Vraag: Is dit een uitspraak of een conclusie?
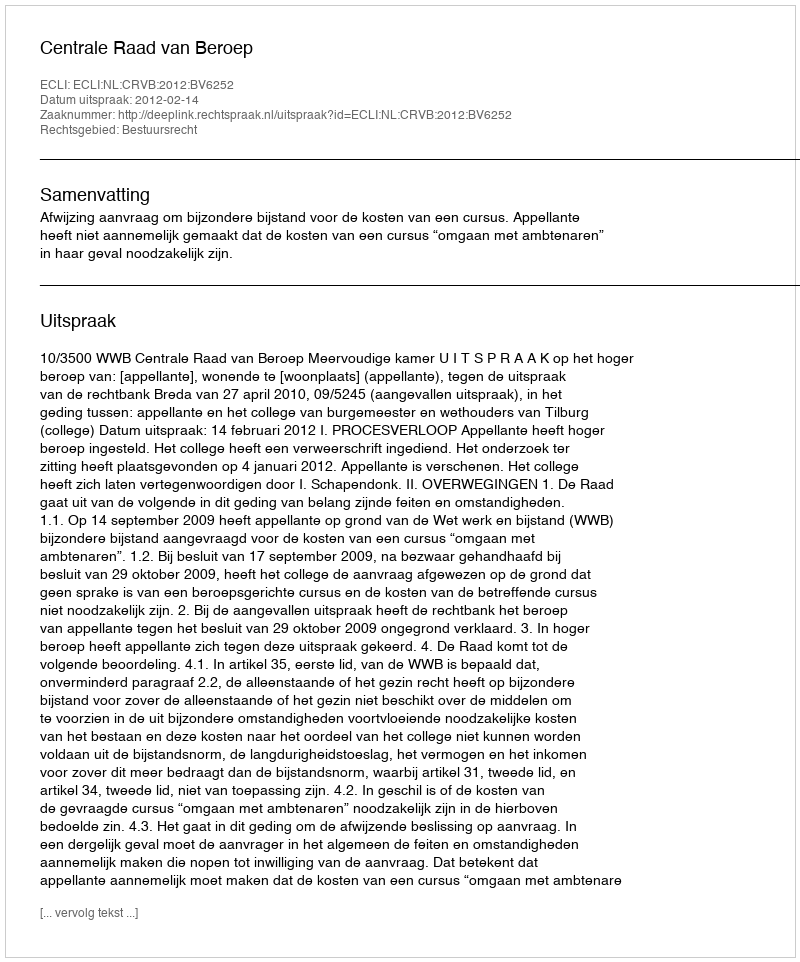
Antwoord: Uitspraak